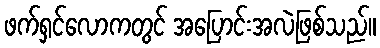
ဖက်ရှင်လောကတွင် အပြောင်းအလဲဖြစ်သည်။